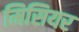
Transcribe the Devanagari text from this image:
मिसियर